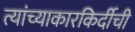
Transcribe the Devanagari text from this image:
त्यांच्याकारकिर्दीची